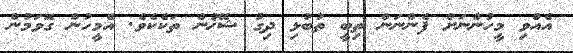
އެއްވި މީހުންނަށް ފެންނަން ތިބީ ތުބުޅި ދިގު ޝޭޚުން ތަކެކެވެ. އެމީހުން ގޮވަމުން